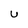
Character: U